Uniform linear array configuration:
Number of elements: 4
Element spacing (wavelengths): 0.75
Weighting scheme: blackman
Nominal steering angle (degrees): -30
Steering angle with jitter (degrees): -30.64
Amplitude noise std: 0.05
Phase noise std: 0.05

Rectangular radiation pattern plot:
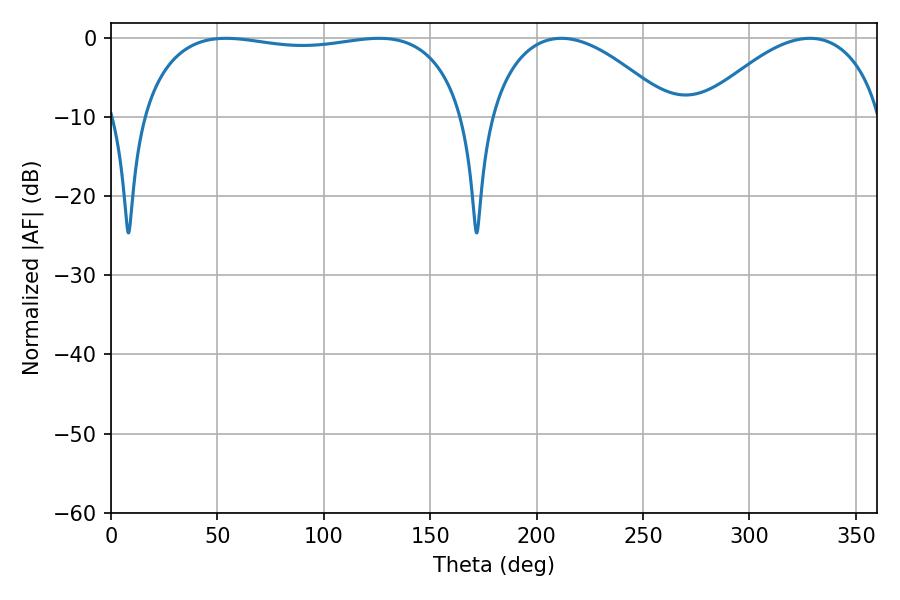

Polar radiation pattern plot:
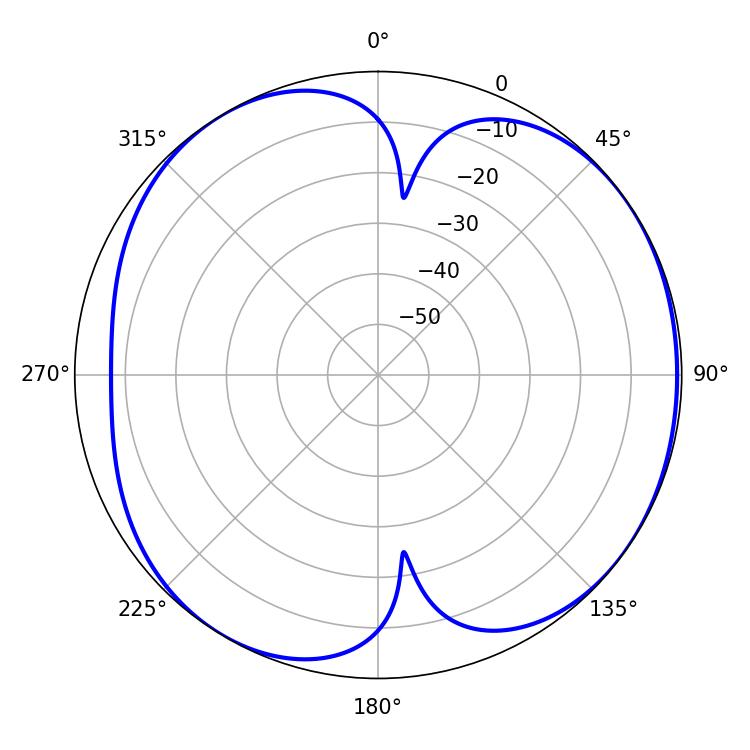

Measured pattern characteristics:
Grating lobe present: TRUE
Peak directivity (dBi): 5.618
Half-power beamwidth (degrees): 123.12
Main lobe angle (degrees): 54